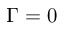
\Gamma = 0